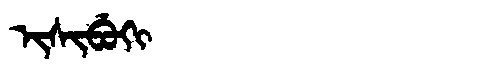
Manchu: ᡳᠰᡳᠪᡠᡴᡳ
Romanization: ISIBUKI